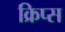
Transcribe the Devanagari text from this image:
क्रिप्‍स